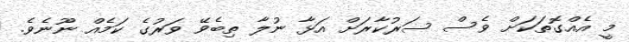
މީ އެއްގޮތަކަށް ވެސް ސަރުކާރަށް އަޅާ ނުލާ ތިބެވޭ ވަރުގެ ކަމެއް ނޫނެވެ.